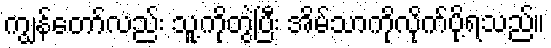
ကျွန်တော်လည်း သူ့ကိုတွဲပြီး အိမ်သာကိုလိုက်ပို့ရသည်။